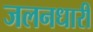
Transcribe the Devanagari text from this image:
जलनधारी